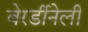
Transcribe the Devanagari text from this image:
बेरर्डीनेली